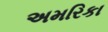
અમરિકા